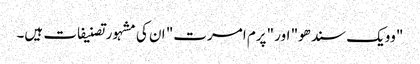
"وویک سندھو" اور "پرم امرت" ان کی مشہور تصنیفات ہیں۔